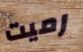
رميت